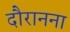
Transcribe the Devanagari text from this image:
दौरानना